Plague in India, 1896, 1897 - Volume 3
Year: 1896
Disease focus: Plague
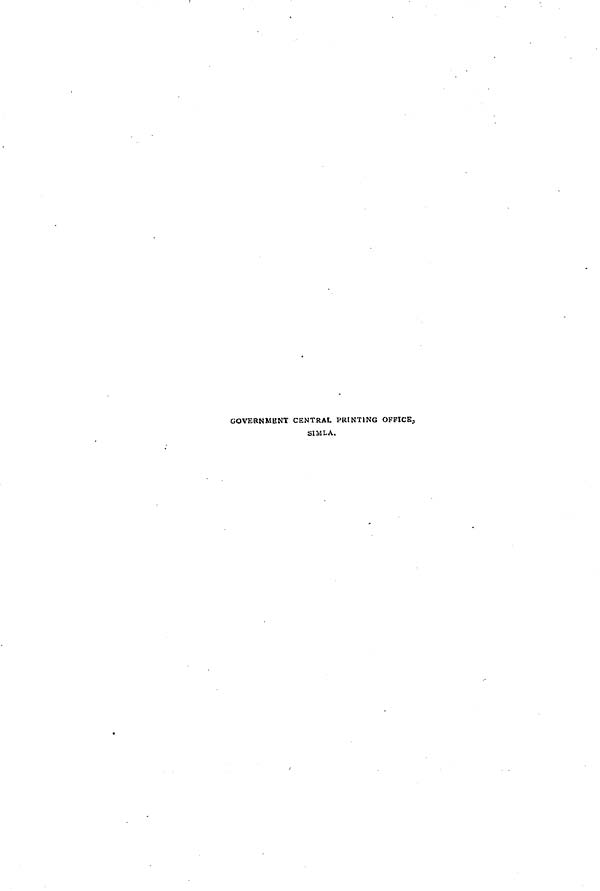
GOVERNMENT CENTRAL PRINTING OFFICE,
SIMLA.